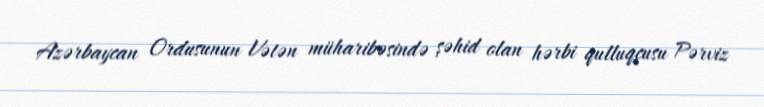
Azərbaycan Ordusunun Vətən müharibəsində şəhid olan hərbi qulluqçusu Pərviz